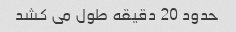
حدود 20 دقیقه طول می کشد